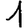
Digit: 1